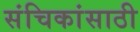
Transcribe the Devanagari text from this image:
संचिकांसाठी